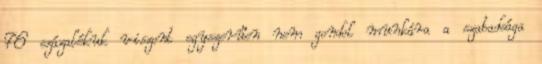
76 százalékuk viszont egyszerűen nem gondol munkára a szabadsága